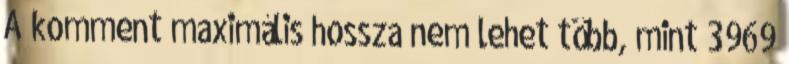
A komment maximális hossza nem lehet több, mint 3969